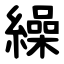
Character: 繰